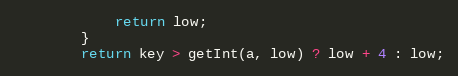
Language: Java
            return low;
        }
        return key > getInt(a, low) ? low + 4 : low;